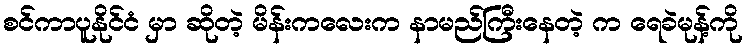
စင်ကာပူနိုင်ငံ မှာ ဆိုတဲ့ မိန်းကလေးက နာမည်ကြီးနေတဲ့ က ရေခဲမုန့်ကို